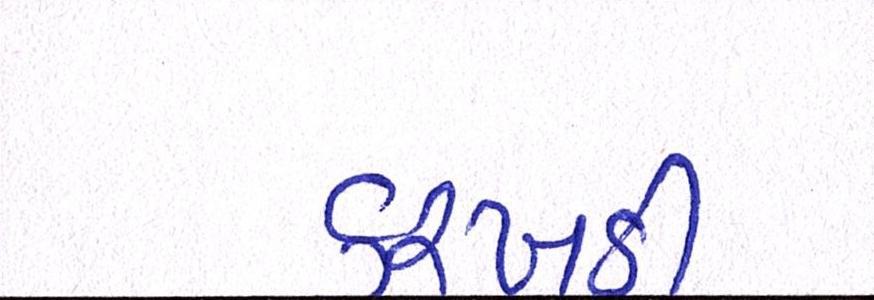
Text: કરખડી